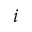
i